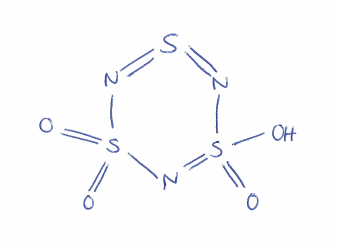
Simplified molecular-input line-entry system (SMILES) notation of the given molecule:
N1=S=NS(=O)(=O)N=S1(=O)O